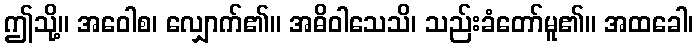
ဤသို့။ အဝေါစ၊ လျှောက်၏။ အဓိဝါသေသိ၊ သည်းခံတော်မူ၏။ အထခေါ၊